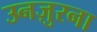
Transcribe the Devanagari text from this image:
उनज़ुरना